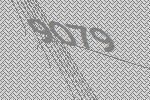
9079